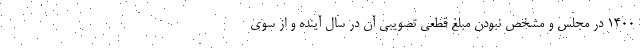
۱۴۰۰ در مجلس و مشخص نبودن مبلغ قطعی تصویبی آن در سال آینده و از سوی